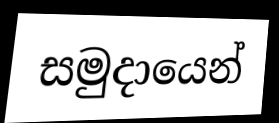
සමුදායෙන්